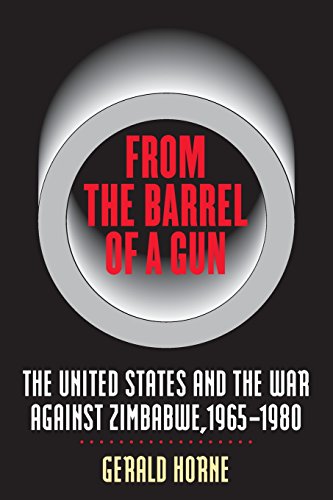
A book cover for From the Barrel of a Gun: The United States and the War against Zimbabwe, 1965-1980; Gerald Horne; History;